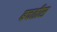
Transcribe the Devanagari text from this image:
बचतीस